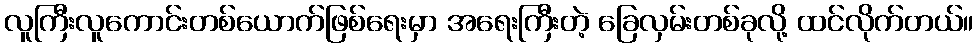
လူကြီးလူကောင်းတစ်ယောက်ဖြစ်ရေးမှာ အရေးကြီးတဲ့ ခြေလှမ်းတစ်ခုလို့ ထင်လိုက်တယ်။